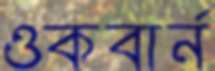
ওকবার্ন